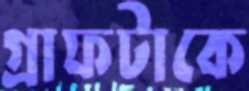
গ্রাফটাকে